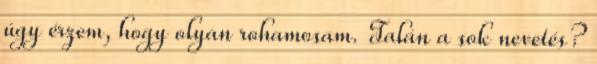
úgy érzem, hogy olyan rohamosam. Talán a sok nevetés?